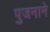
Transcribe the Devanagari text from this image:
पुजनाने